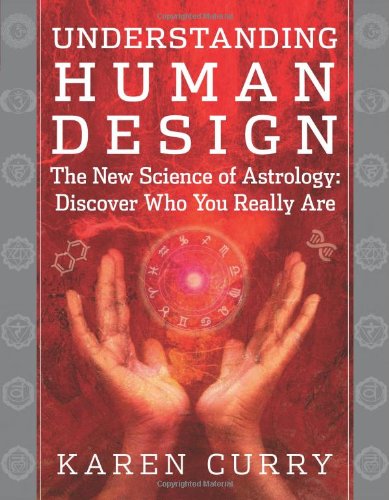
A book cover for Understanding Human Design: The New Science of Astrology: Discover Who You Really Are; Karen Curry; Religion & Spirituality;